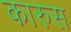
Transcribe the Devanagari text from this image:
कारुस